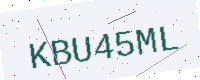
Text: KBU45ML